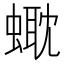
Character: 𧏰